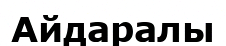
Айдаралы